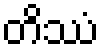
တိဿံ